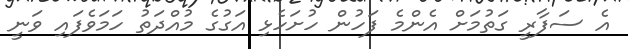
އެ ސަފާރީ ގަތުމަށް އެންމެ ފަހުން ހުށަހެޅި އަގުގެ މުއްދަތު ހަމަވެފައި ވަނީ